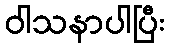
ဝါသနာပါပြီး